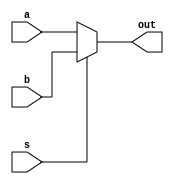
`timescale 1ns / 1ps
/*******************************************************************  
*  
* Module: MUX32.v  
* Project: SSRisc  
* Description: a 2 by 1 32 bit size multiplexer
*  
* Change history: 17/06/19 - created in lab  
*                 
*  **********************************************************************/ 


module MUX32(
input [31:0] a, 
input [31:0] b, 
input s, 
output [31:0] out
);
    
assign out = (s)? b:a;

endmodule